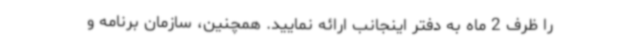
را ظرف 2 ماه به دفتر اینجانب ارائه نمایید. همچنین، سازمان برنامه و